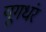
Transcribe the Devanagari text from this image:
यूगधंर